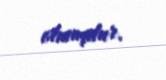
olmuşdur.